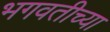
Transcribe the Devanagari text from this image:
भगवतीच्या